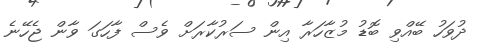
ދުވަހު ބޭއްވި ބޮޑު މުޒާހަރާ އިން ސަރުކާރަށް ވެސް ފާހަގަ ވާން ޖެހޭނެ